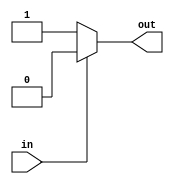
module cmos_not_gate(
    input wire in,
    output reg out
);
    
always @(*)
begin
    if(in == 0)
        out = 1;
    else
        out = 0;
end

endmodule